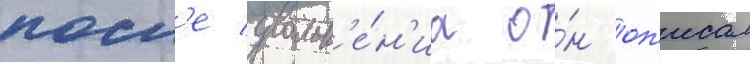
посл'е увольн'е́н'иа о́н оп'исал